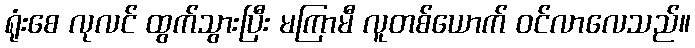
ရုံးစေ လုလင် ထွက်သွားပြီး မကြာမီ လူတစ်ယောက် ဝင်လာလေသည်။